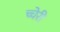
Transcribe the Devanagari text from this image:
च्चेरी